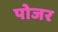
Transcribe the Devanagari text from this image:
पोजर